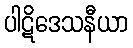
ပါဋိဒေသနီယာ